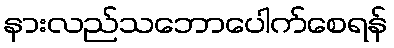
နားလည်သဘောပေါက်စေရန်